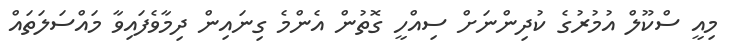
މިއީ ސްކޫލް އުމުރުގެ ކުދިންނަށް ސިއްހީ ގޮތުން އެންމެ ގިނައިން ދިމާވެފައިވާ މައްސަލަތައް